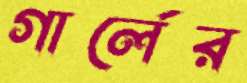
গার্লের